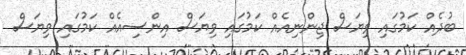
ބުދެއް ކަމުގައި ވިޔަސް ޖިންނިއެއް ކަމުގައި ވިޔަސް އިންސިއެއް ކަމުގައި ވިޔަސް